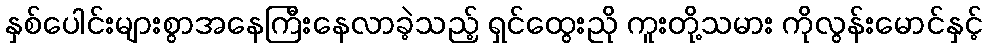
နှစ်ပေါင်းများစွာအနေကြီးနေလာခဲ့သည့် ရှင်ထွေးညို ကူးတို့သမား ကိုလွန်းမောင်နှင့်